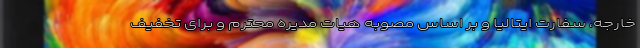
خارجه، سفارت ایتالیا و بر اساس مصوبه هیات مدیره محترم و برای تخفیف